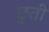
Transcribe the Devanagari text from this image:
छुती